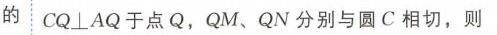
的 \(CQ\perp AQ\) 于点 \(Q\)，\(QM\)、\(QN\) 分别与圆 \(C\) 相切，则